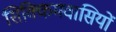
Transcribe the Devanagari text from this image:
सिक्किमवासियों